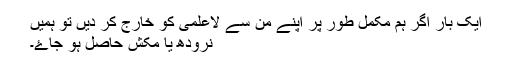
ایک بار اگر ہم مکمل طور پر اپنے من سے لاعلمی کو خارج کر دیں تو ہمیں
نرودھ یا مکش حاصل ہو جاۓ۔